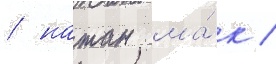
/ натан ма́к /